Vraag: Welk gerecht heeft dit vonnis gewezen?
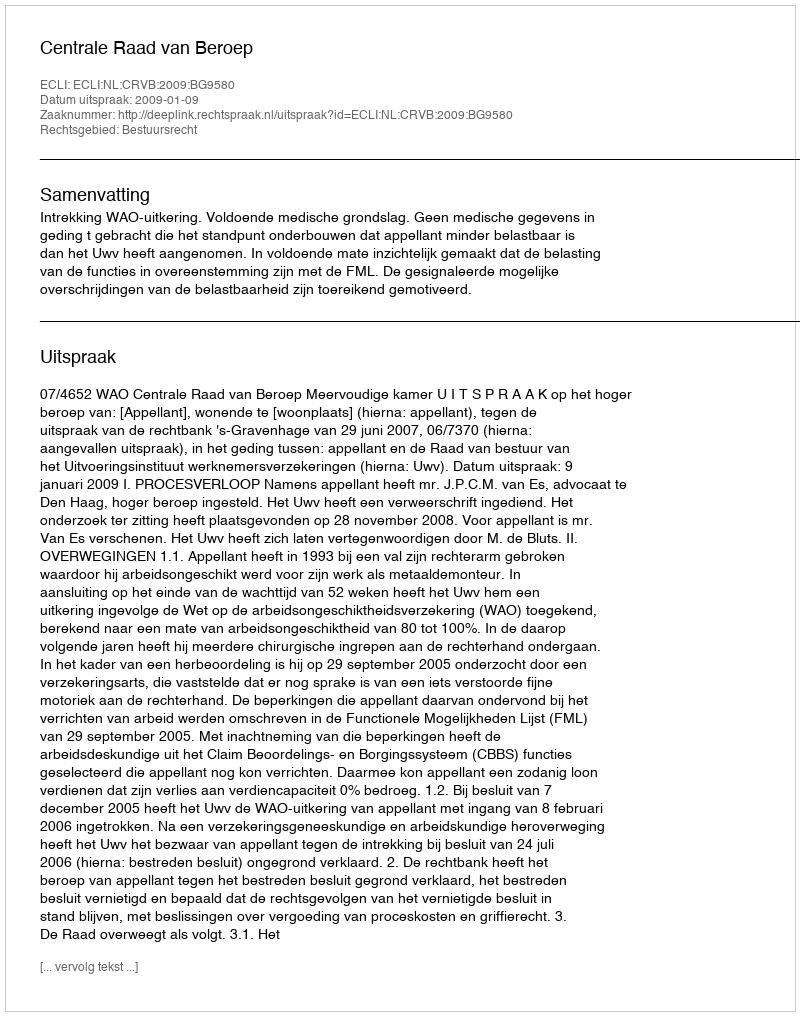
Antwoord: Centrale Raad van Beroep